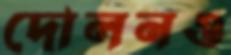
দোলনও